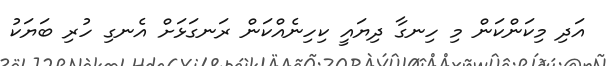
އަދި މިކަންކަން މި ހިނގާ ދިޔައީ ކިހިނެއްކަން ރަނގަޅަށް އެނގި ހުރި ބަޔަކު